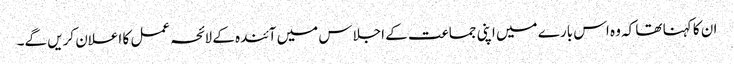
ان کا کہنا تھا کہ وہ اس بارے میں اپنی جماعت کے اجلاس میں آئندہ کے لائحہ عمل کا اعلان کریں گے۔